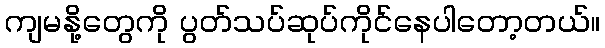
ကျမနို့တွေကို ပွတ်သပ်ဆုပ်ကိုင်နေပါတော့တယ်။